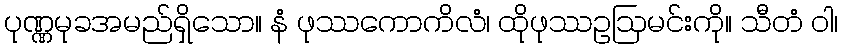
ပုဏ္ဏမုခအမည်ရှိသော။ နံ ဖုဿကောကိလံ၊ ထိုဖုဿဥဩမင်းကို။ သီတံ ဝါ၊